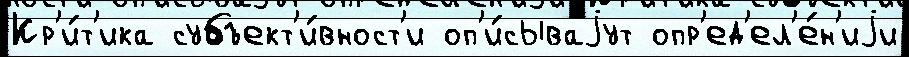
Кр'и́т'ика субъект'и́вност'и оп'и́сываjут опр'ед'ел'е́н'иjи